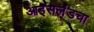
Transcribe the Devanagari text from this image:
आइसलंडचा